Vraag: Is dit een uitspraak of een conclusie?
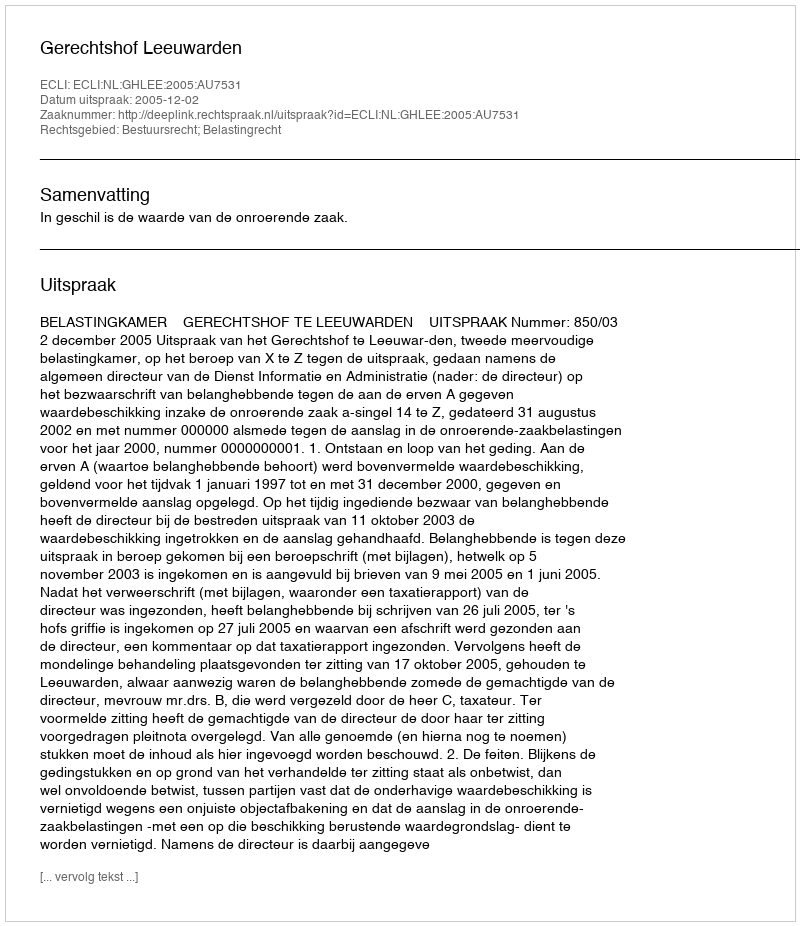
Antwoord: Uitspraak